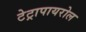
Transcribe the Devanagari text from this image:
टेट्रापायरोल